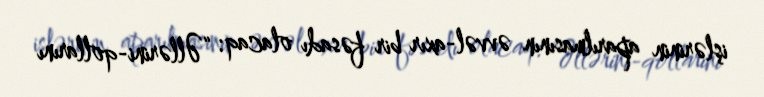
işlərinin aparılmasının əvvəl-axır bir fəsadı olacaq: “Əllərini-qollarını